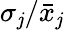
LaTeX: \sigma_{\mathit{j}}/\bar{{x}}_{\mathit{j}}